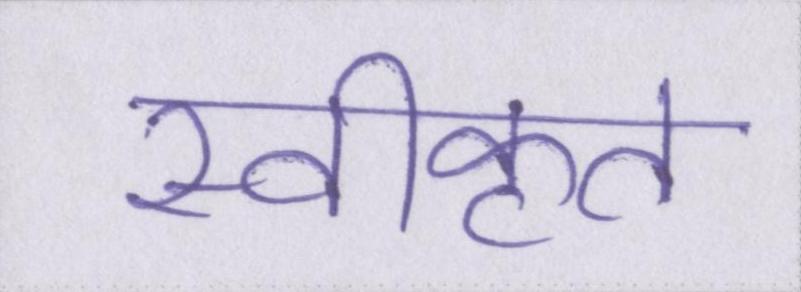
स्वीकृत